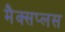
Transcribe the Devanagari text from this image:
मैक्सप्लस